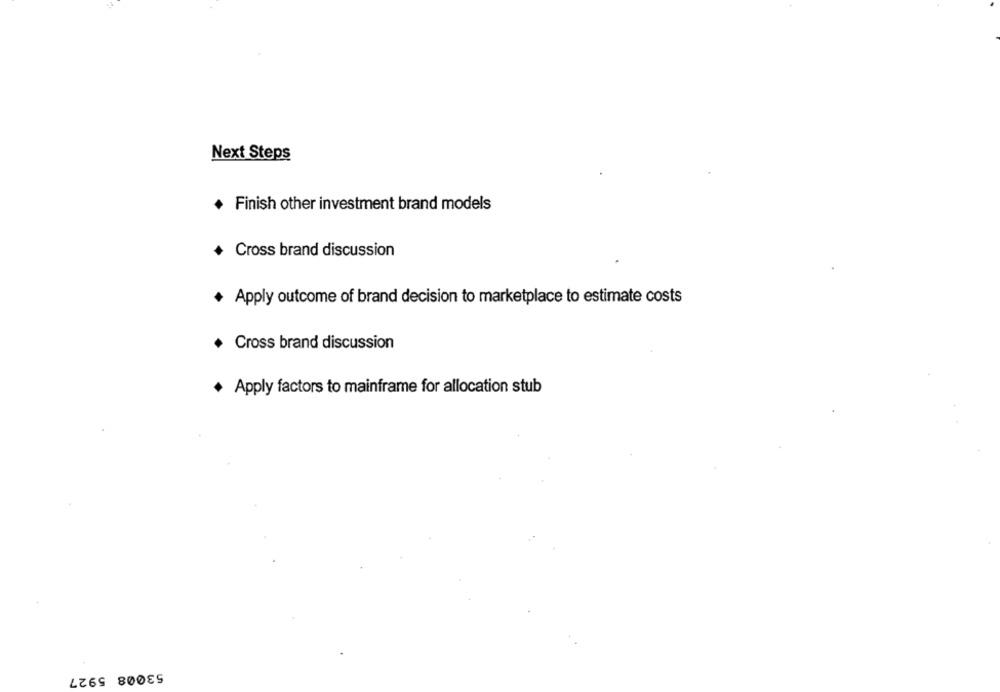
Next Steps
Finish other investment brand models
Cross brand discussion
+ Apply outcome of brand decision to marketplace to estimate costs
Cross brand discussion
+ Apply factors to mainframe for allocation stub
53008 5927